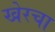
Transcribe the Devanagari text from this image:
खेरचा